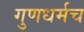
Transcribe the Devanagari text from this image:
गुणधर्मच